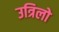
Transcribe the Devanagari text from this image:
उत्रिलो